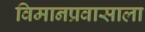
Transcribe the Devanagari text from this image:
विमानप्रवासाला